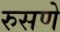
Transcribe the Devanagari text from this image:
रुसणे